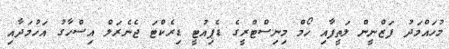
މުހައްމަދު ފަޒްނީން ލަތީފާއި ހޯމް މިނިސްޓްރީގެ ޑެޕިއުޓީ ޑިރެކްޓަ ޖެނެރަލް އިސްހާގު އަހުމަދާއި